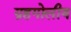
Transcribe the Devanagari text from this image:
ग्रहगोलीय